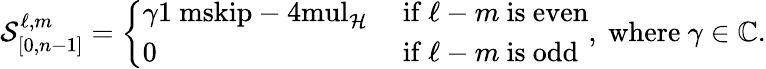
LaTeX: \mathcal{S}_{[0,n-1]}^{\ell,m}=\left\{ \begin{array}{ll}{\gamma{\mathchoice{\mathrm{1\ mskip-4mul}}{\mathrm{1\ mskip-4mul}}{\mathrm{1\ mskip-4.5mul}}{\mathrm{1\ mskip-5mul}}}_{\mathcal{H}}}&{\mathrm{~if~}\ell-m\mathrm{~is~even}}\\ {0}&{\mathrm{~if~}\ell-m\mathrm{~is~odd}}\end{array}\right.,\mathrm{~where~}\gamma\in{\mathord{\mathbb C}}.